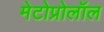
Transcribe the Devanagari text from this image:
मेटोप्रोलॉल